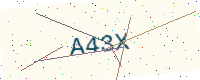
Text: A43X